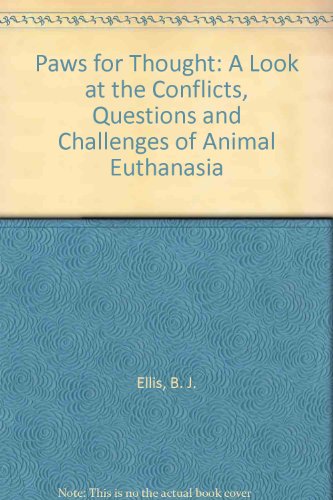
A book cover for Paws for Thought: A Look at the Conflicts, Questions and Challenges of Animal Euthanasia; B. J. Ellis; Medical Books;